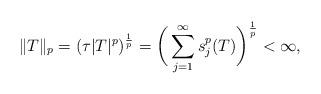
LaTeX: \begin{align*}\Vert T \Vert_p=(\tau \vert T \vert^p)^{\frac{1}{p}}=\bigg( \sum_{j=1}^{\infty} s_j^p(T) \bigg)^{\frac{1}{p}} < \infty,\end{align*}